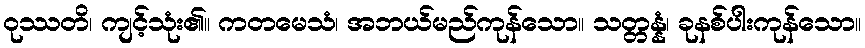
ဝုဿတိ၊ ကျင့်သုံး၏။ ကတမေသံ၊ အဘယ်မည်ကုန်သော။ သတ္တန္နံ၊ ခုနစ်ပါးကုန်သော။